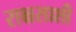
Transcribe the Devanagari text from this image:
राक्षसाशी